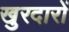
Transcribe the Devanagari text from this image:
खुरदारों